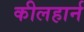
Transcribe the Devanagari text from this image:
कीलहार्न